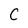
Character: C